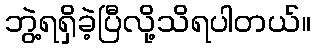
ဘွဲ့ရရှိခဲ့ပြီလို့သိရပါတယ်။